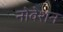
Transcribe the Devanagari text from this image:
नोवेशन